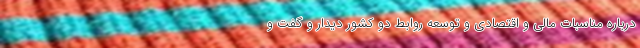
درباره مناسبات مالی و اقتصادی و توسعه روابط دو کشور دیدار و گفت‌ و